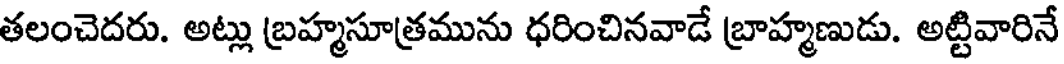
తలంచెదరు. అట్లు బ్రహ్మసూత్రమును ధరించినవాడే బ్రాహ్మణుడు. అట్టివారినే